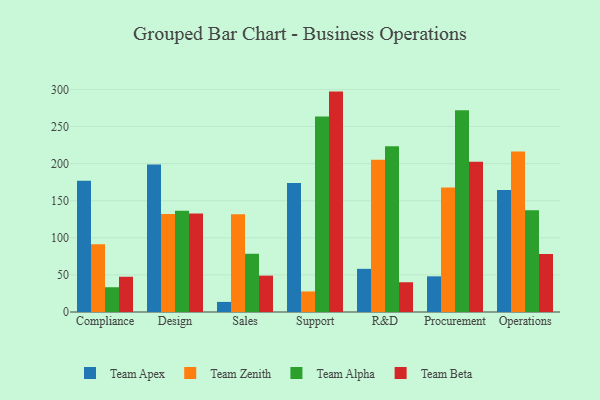
{"axis": {"x": "Department", "y": "Headcount"}, "legend": ["Team Alpha", "Team Apex", "Team Beta", "Team Zenith"], "data": [{"x": "Compliance", "y": 176.9, "type": "Team Apex"}, {"x": "Compliance", "y": 91.3, "type": "Team Zenith"}, {"x": "Compliance", "y": 33.4, "type": "Team Alpha"}, {"x": "Compliance", "y": 47.5, "type": "Team Beta"}, {"x": "Design", "y": 198.7, "type": "Team Apex"}, {"x": "Design", "y": 132.2, "type": "Team Zenith"}, {"x": "Design", "y": 136.6, "type": "Team Alpha"}, {"x": "Design", "y": 132.9, "type": "Team Beta"}, {"x": "Sales", "y": 13.6, "type": "Team Apex"}, {"x": "Sales", "y": 131.8, "type": "Team Zenith"}, {"x": "Sales", "y": 78.5, "type": "Team Alpha"}, {"x": "Sales", "y": 49.0, "type": "Team Beta"}, {"x": "Support", "y": 173.8, "type": "Team Apex"}, {"x": "Support", "y": 27.7, "type": "Team Zenith"}, {"x": "Support", "y": 263.5, "type": "Team Alpha"}, {"x": "Support", "y": 297.1, "type": "Team Beta"}, {"x": "R&D", "y": 58.2, "type": "Team Apex"}, {"x": "R&D", "y": 205.2, "type": "Team Zenith"}, {"x": "R&D", "y": 223.5, "type": "Team Alpha"}, {"x": "R&D", "y": 40.1, "type": "Team Beta"}, {"x": "Procurement", "y": 48.1, "type": "Team Apex"}, {"x": "Procurement", "y": 167.8, "type": "Team Zenith"}, {"x": "Procurement", "y": 271.8, "type": "Team Alpha"}, {"x": "Procurement", "y": 202.4, "type": "Team Beta"}, {"x": "Operations", "y": 164.6, "type": "Team Apex"}, {"x": "Operations", "y": 216.4, "type": "Team Zenith"}, {"x": "Operations", "y": 137.1, "type": "Team Alpha"}, {"x": "Operations", "y": 78.2, "type": "Team Beta"}]}